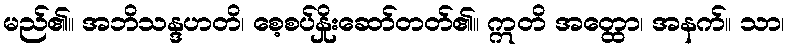
မည်၏။ အဘိသန္ဒဟတိ၊ စေ့စပ်နှိုးဆော်တတ်၏။ ဣတိ အတ္ထော၊ အနက်။ သာ၊